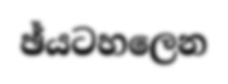
ඡ්යටහලෙන